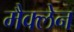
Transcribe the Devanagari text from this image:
मैक्‍लेन